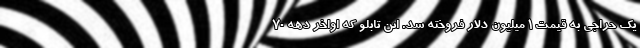
یک حراجی به قیمت ۱ میلیون دلار فروخته شد. این تابلو که اواخر دهه ۷۰